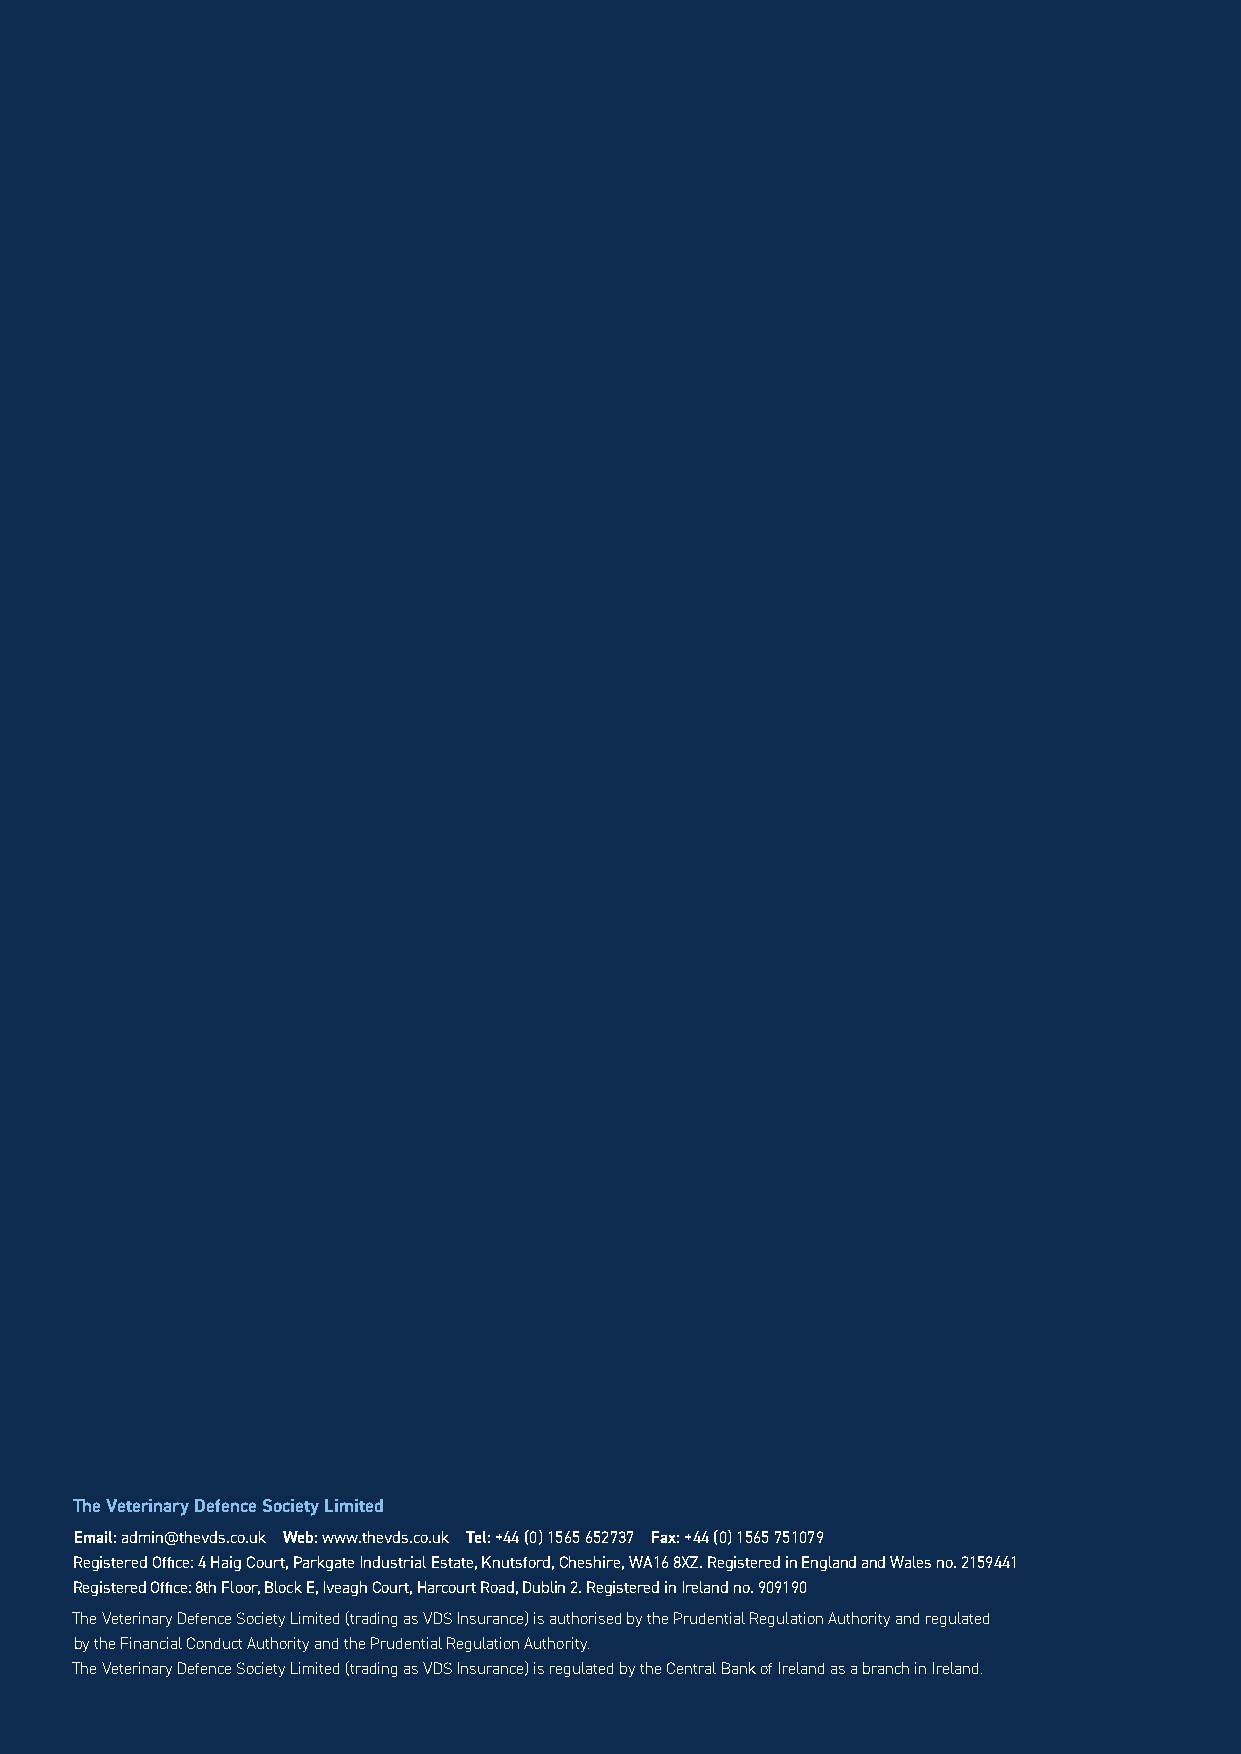
The Veterinary Defence Society Limited
 Email: admin@thevds.co.uk Web: www.thevds.co.uk Tel: +44 (0) 1565 652737 Fax: +44 (0) 1565 751079
 Registered Office: 4 Haig Court, Parkgate Industrial Estate, Knutsford, Cheshire, WA16 8XZ. Registered in England and Wales no. 2159441
 Registered Office: 8th Floor, Block E, Iveagh Court, Harcourt Road, Dublin 2. Registered in Ireland no. 909190
 The Veterinary Defence Society Limited (trading as VDS Insurance) is authorised by the Prudential Regulation Authority and regulated
 by the Financial Conduct Authority and the Prudential Regulation Authority.
 The Veterinary Defence Society Limited (trading as VDS Insurance) is regulated by the Central Bank of Ireland as a branch in Ireland.